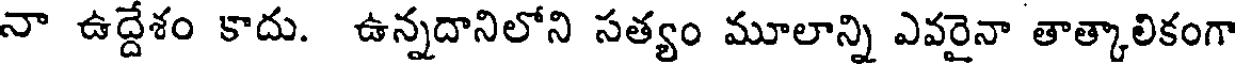
నా ఉద్దేశం కాదు. ఉన్నదానిలోని సత్యం మూలాన్ని ఎవరైనా తాత్కాలికంగా